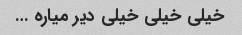
خیلی خیلی خیلی دیر میاره …